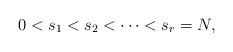
LaTeX: \begin{align*}0 < s_1 < s_2 < \cdots < s_r = N,\end{align*}